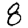
Digit: 8